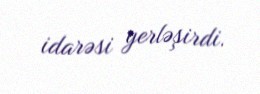
idarəsi yerləşirdi.